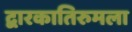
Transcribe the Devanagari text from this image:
द्वारकातिरुमला